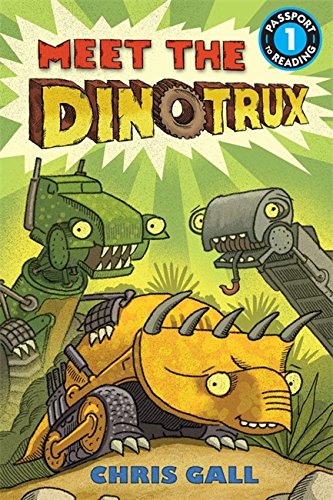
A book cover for Meet the Dinotrux (Passport to Reading Level 1); Chris Gall; Children's Books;